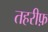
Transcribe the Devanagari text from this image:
तहरीफ़